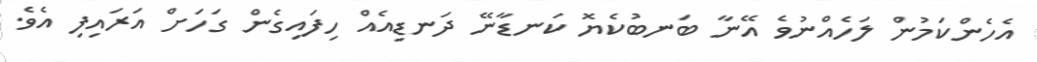
އެހެންކަމުން ލަހެއްނުވެ އޭނާ ބަނބުކެޔޮ ކަނޑާނޭ ދަނޑިއެއް ހިފައިގެން ގަހަށް އަރައިފި އެވެ.